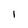
Character: I